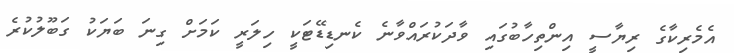
އެމެރިކާގެ ރިޔާސީ އިންތިހާބުގައި ވާދަކުރައްވާނެ ކެނޑިޑޭޓަކީ ހިލަރީ ކަމަށް ގިނަ ބަޔަކު ގަބޫލުކުރެ